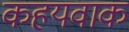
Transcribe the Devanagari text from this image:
कहयवाक